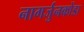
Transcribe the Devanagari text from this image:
नागर्जुनकोंडा